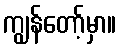
ကျွန်တော့်မှာ။